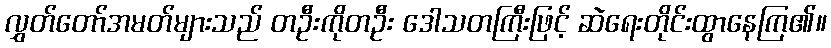
လွှတ်တော်အမတ်များသည် တဦးကိုတဦး ဒေါသတကြီးဖြင့် ဆဲရေးတိုင်းထွာနေကြ၏။